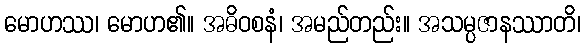
မောဟဿ၊ မောဟ၏။ အဓိဝစနံ၊ အမည်တည်း။ အသမ္ပဇာနဿာတိ၊